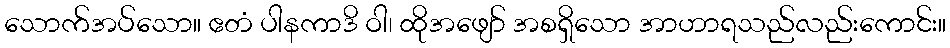
သောက်အပ်သော။ ဧတံ ပါနကာဒိ ဝါ၊ ထိုအဖျော် အစရှိသော အာဟာရသည်လည်းကောင်း။